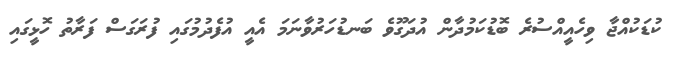
ކުޑަކުއްޖާ ވިހެއީއްސުރެ ބޮޑުކަމުދާން އުދަގޫވެ ބަނޑުހަރުވާނަމަ އެއީ އުފެދުމުގައި ފުރަގަސް ފަރާތު ހޮޅީގައި